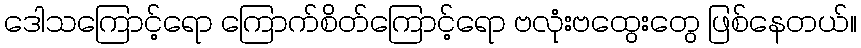
ဒေါသကြောင့်ရော ကြောက်စိတ်ကြောင့်ရော ဗလုံးဗထွေးတွေ ဖြစ်နေတယ်။